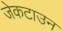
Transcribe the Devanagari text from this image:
जेकटाउन